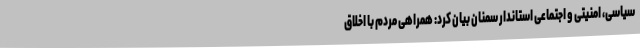
سیاسی، امنیتی و اجتماعی استاندار سمنان بیان کرد: همراهی مردم با اخلاق